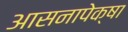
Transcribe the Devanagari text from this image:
आसनापेक्षा